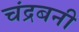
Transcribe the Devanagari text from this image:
चंद्रबनी